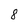
Character: 8